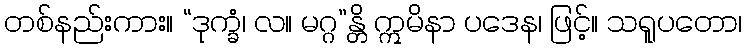
တစ်နည်းကား။ “ဒုက္ခံ၊ လ။ မဂ္ဂ”န္တိ ဣမိနာ ပဒေန၊ ဖြင့်။ သရူပတော၊